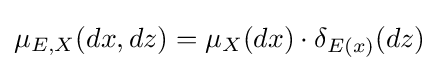
\mu _{E,X}(dx,dz)=\mu _{X}(dx)\cdot \delta _{E(x)}(dz)